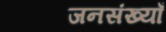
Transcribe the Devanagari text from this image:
जनसंख्याँ